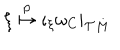
LaTeX: \xi \stackrel { p } { \mapsto } \iota _ { \xi } \omega _ { C } | _ { { \cal T } M }